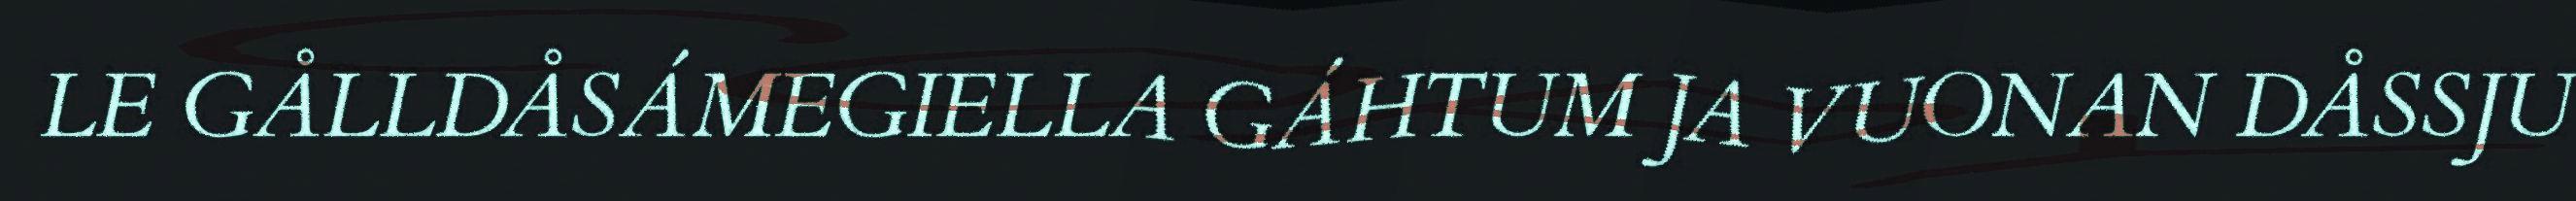
LE GÅLLDÅSÁMEGIELLA GÁHTUM JA VUONAN DÅSSJU